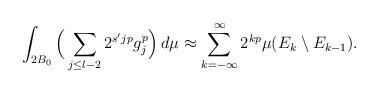
LaTeX: \begin{align*}\int_{2B_0}\Big(\sum_{j\leq l-2} 2^{s'jp}g_j^p\Big)\,d\mu\approx\sum_{k=-\infty}^{\infty}2^{kp}\mu(E_k\setminus E_{k-1}).\end{align*}